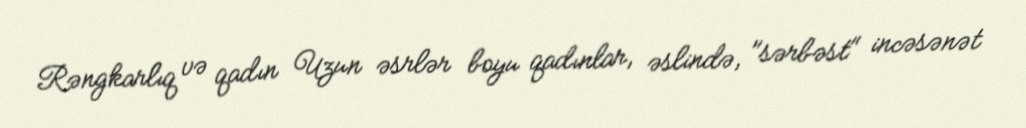
Rəngkarlıq və qadın Uzun əsrlər boyu qadınlar, əslində, "sərbəst" incəsənət